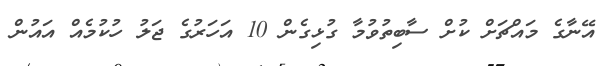
އޭނާގެ މައްޗަށް ކުށް ސާބިތުވުމާ ގުޅިގެން 10 އަހަރުގެ ޖަލު ހުކުމެއް އައުން